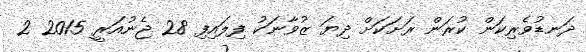
ދަނޑުވެރިކަން ކުރަން ރަށަކަށް ދިޔަ ޒުވާނަކު ފިލައިފި 28 ޖެނުއަރީ 2015 2